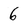
Character: 6